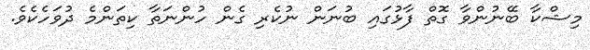
މިޝްކާ ބޭނުންވާ ގޮތް ފާޅުގައި ބުނަން ނުކެރި ގެން ހުންނަތާ ކިތަންމެ ދުވަހެކެވެ.